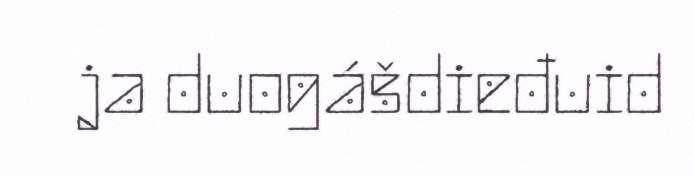
ja duogášdieđuid